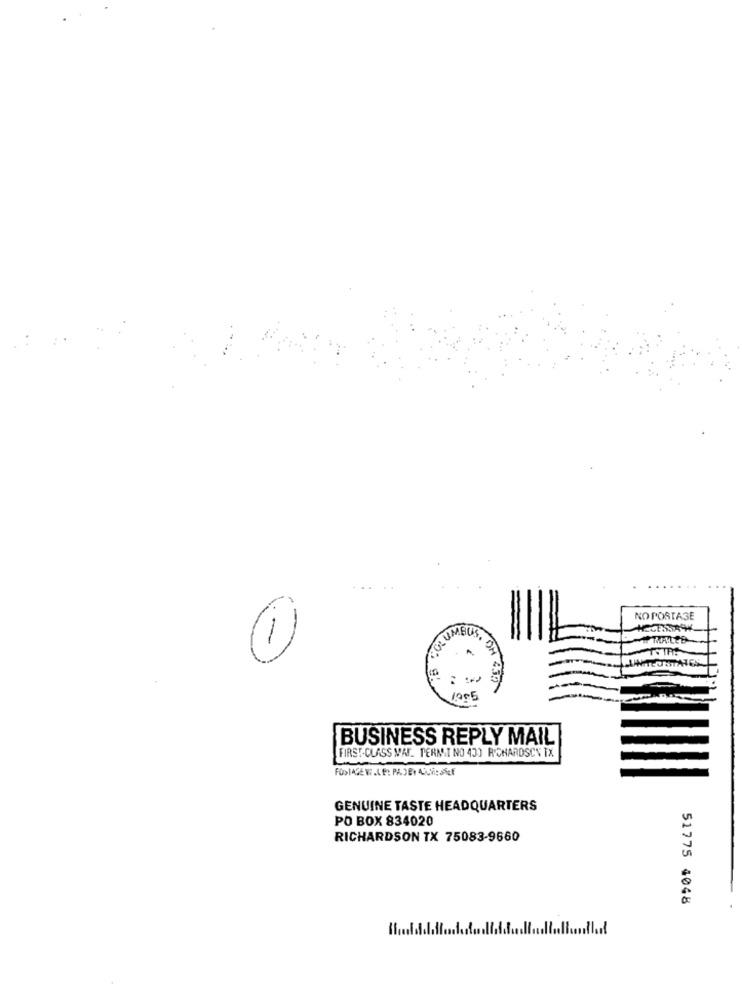
NO POSTASE
COLUMBUS
1
A
OH 4.30
1005
BUSINESS REPLY MAIL
FIRST-CLASS MAT. PERNAT NO 43) RICHARDSON IX
GENUINE TASTE HEADQUARTERS
PO BOX 834020
RICHARDSON TX 75083-9660
51775 4048